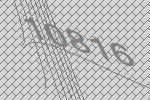
10816